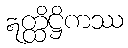
ဣတ္ထိဋ္ဌိကဿ